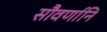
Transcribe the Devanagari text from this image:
सौवर्णानि